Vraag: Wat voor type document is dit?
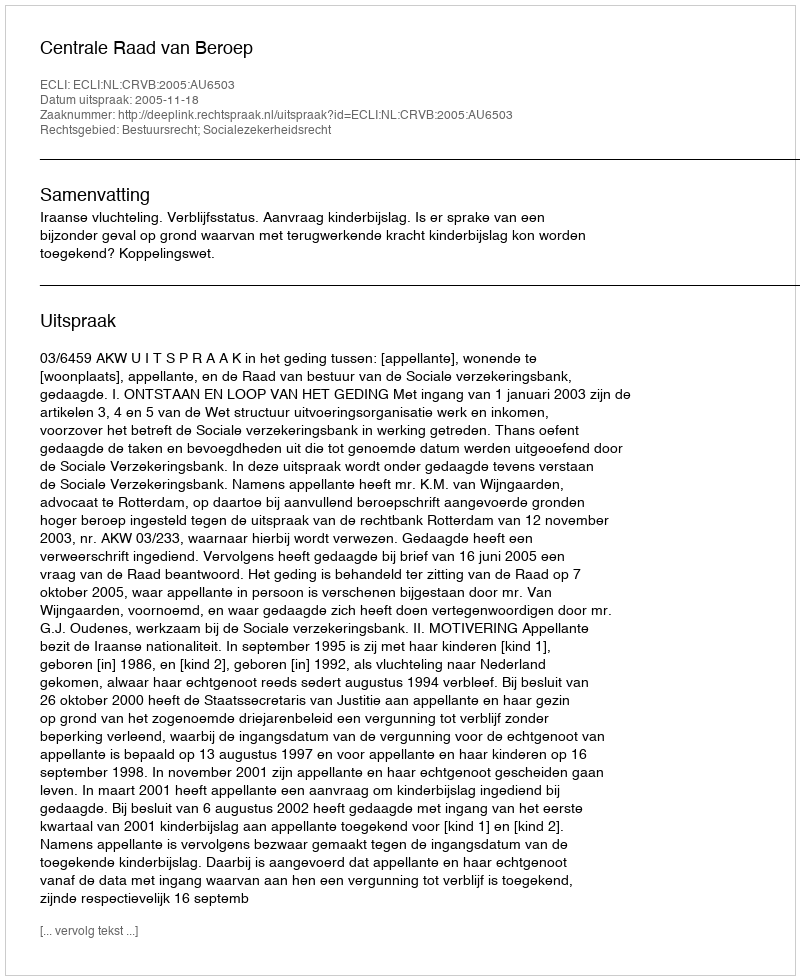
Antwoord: Uitspraak